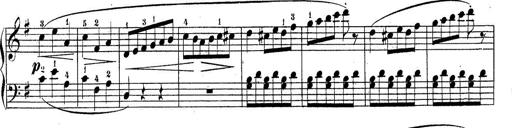
Title: Sonatine No.3
Composer: Peter Piel
Key: D major